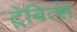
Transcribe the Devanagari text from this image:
ट्रेबित्श